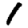
Digit: 1